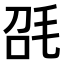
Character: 𣬸